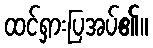
ထင်ရှားပြအပ်၏။